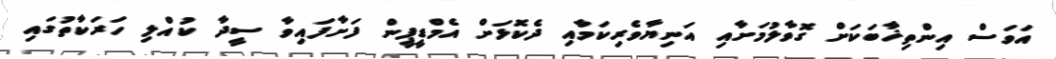
އަވަސް އިންތިޚާބަކަށް ގޮވާލުމަށާއި އަނިޔާވެރިކަމާއި ދެކޮޅަށް އެމްޑީޕީން ފަށާފައިވާ ސީދާ ކުއްލި ހަރަކާތުގައި